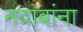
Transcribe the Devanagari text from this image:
नवाबांना